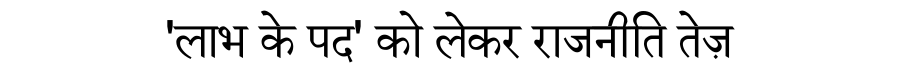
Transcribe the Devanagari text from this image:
'लाभ के पद' को लेकर राजनीति तेज़